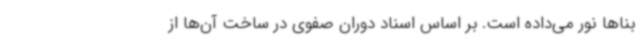
بناها نور می‌داده است. بر اساس اسناد دوران صفوی در ساخت آن‌ها از